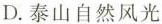
D.泰山自然风光